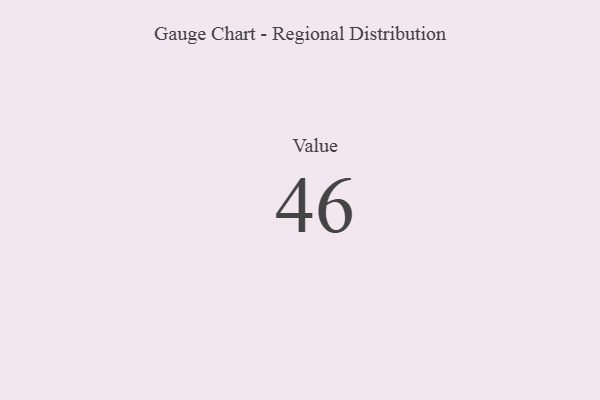
{"axis": {"x": "Metric", "y": "Value"}, "legend": [""], "data": [{"x": "Value", "y": 46, "type": ""}]}